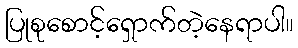
ပြုစုစောင့်ရှောက်တဲ့နေရာပါ။